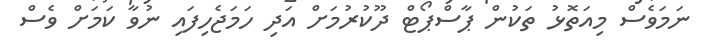
ނަމަވެސް މިއަތޮޅު ތަކުން ޕާސްޕޯޓް ދޫކުރުމަށް އަދި ހަމަޖެހިފައި ނުވާ ކަމަށް ވެސް